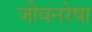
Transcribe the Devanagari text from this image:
जीवनरेषा